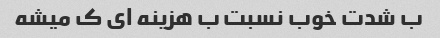
ب شدت خوب نسبت ب هزینه ای ک میشه